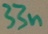
Text: 33n